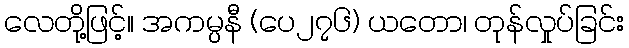
လေတို့ဖြင့်။ အကမ္ပနီ (ပေ၂၇၆) ယတော၊ တုန်လှုပ်ခြင်း